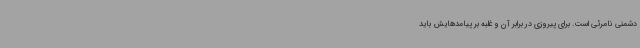
دشمنی نامرئی است. برای پیروزی در برابر آن و غلبه بر پیامدهایش باید